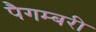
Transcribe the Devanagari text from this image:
पैगम्बरी